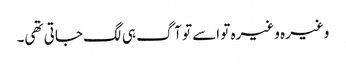
وغیرہ وغیرہ تو اسے تو آگ ہی لگ جاتی تھی۔